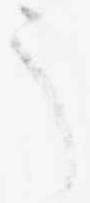
う